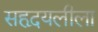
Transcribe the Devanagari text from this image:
सहृदयलीला